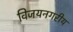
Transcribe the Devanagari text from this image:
विजयनगरीय